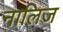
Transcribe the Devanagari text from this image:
नालिज